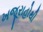
ખજૂરાહોથી